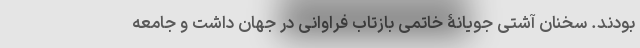
بودند. سخنان آشتی جویانۀ خاتمی بازتاب فراوانی در جهان داشت و جامعه